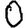
Digit: 0